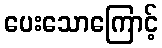
ပေးသောကြောင့်